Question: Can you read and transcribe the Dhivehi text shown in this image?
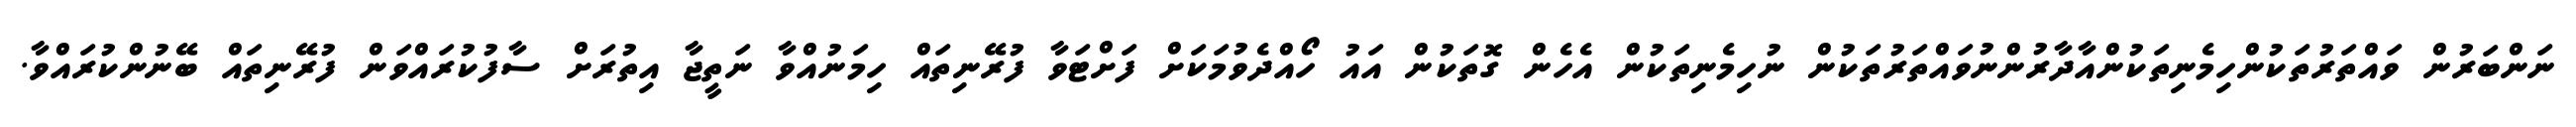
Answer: ނަންބަރުން ވައްތަރުތަކުންހިމެނިތަކުންއާދާރުންނުވައްތަރުތަކުން ނުހިމެނިތަކުން އެހެން ގޮތަކުން އައު ހޯއްދެވުމަކަށް ފަށްޓަވާ ފުރޭނިތައް ހިމަނުއްވާ ނަތީޖާ އިތުރަށް ސާފުކުރައްވަން ފުރޭނިތައް ބޭނުންކުރައްވާ.